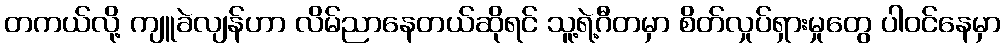
တကယ်လို့ ကျူခဲလျန်ဟာ လိမ်ညာနေတယ်ဆိုရင် သူ့ရဲ့ဂီတမှာ စိတ်လှုပ်ရှားမှုတွေ ပါဝင်နေမှာ